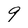
Character: 9